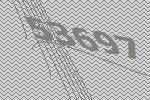
53697